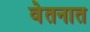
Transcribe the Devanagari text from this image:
वेतनात